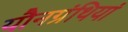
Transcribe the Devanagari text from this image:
यौनग्रंथियां